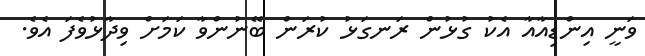
ވަނީ އިންޑިއާއާ އެކު ގުޅުން ރަނގަޅު ކުރަން ބޭނުންވާ ކަމަށް ވިދާޅުވެފަ އެވެ.